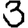
Digit: 3